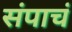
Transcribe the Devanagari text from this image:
संपाचं